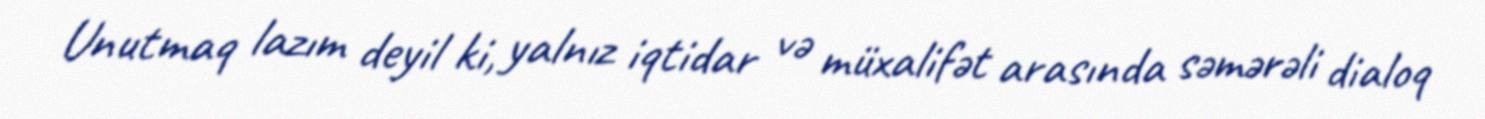
Unutmaq lazım deyil ki, yalnız iqtidar və müxalifət arasında səmərəli dialoq